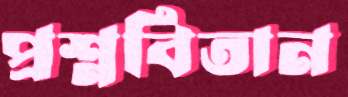
প্রশ্নবিতান